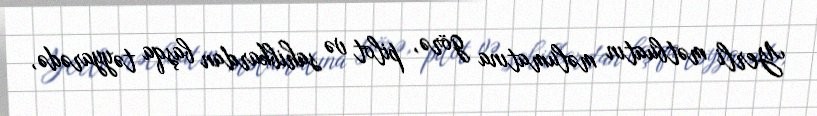
Yerli mətbuatın məlumatına görə, pilot və sahibkardan başqa təyyarədə,